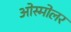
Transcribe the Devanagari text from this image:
ओस्मोलर